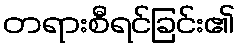
တရားစီရင်ခြင်း၏